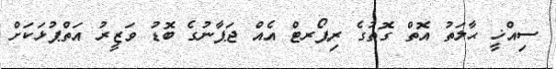
ސިއްޚީ ޙާލަތު އޮތް ގޮތުގެ ރިޕޯރޓް އެއް ޖަޕާނުގެ ބޮޑު ވަޒީރު އަތްޕުޅަކަށް